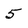
Character: 5